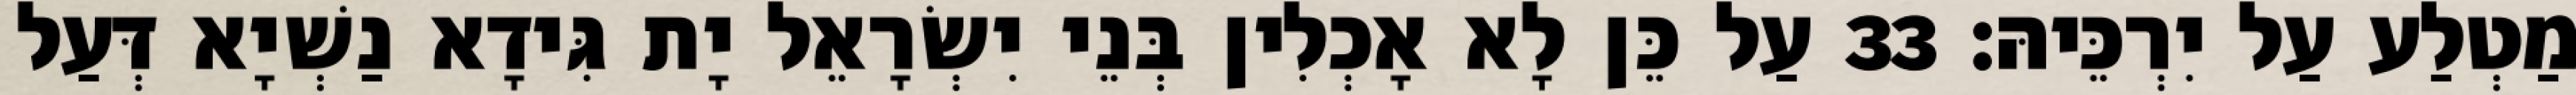
מַטְלַע עַל יִרְכֵּיהּ׃ 33 עַל כֵּן לָא אָכְלִין בְּנֵי יִשְׂרָאֵל יָת גִּידָא נַשְׁיָא דְּעַל